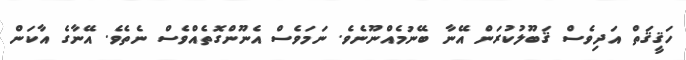
ހަޤީޤަތް އަދިވެސް ޤަބޫލުކުރަން އޭނާ ބޭނުމެއްނޫނެވެ. ނަމަވެސް އެނޫންގޮތެއްވެސް ނެތެވެ. އޭނާގެ އާކަން